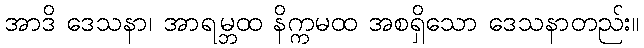
အာဒိ ဒေသနာ၊ အာရမ္ဘထ နိက္ကမထ အစရှိသော ဒေသနာတည်း။